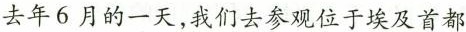
去年6月的一天，我们去参观位于埃及首都